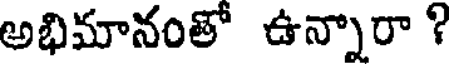
అభిమానంతో ఉన్నారా ?